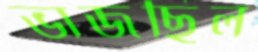
ভাজছিল